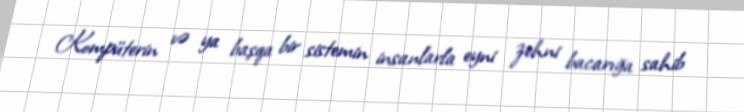
Kompüterin və ya başqa bir sistemin insanlarla eyni zehni bacarığa sahib